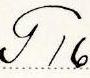
T 16